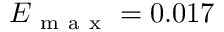
E _ { \mathrm { ~ m ~ a ~ x ~ } } = 0 . 0 1 7